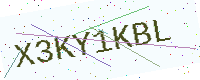
Text: X3KY1KBL